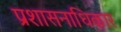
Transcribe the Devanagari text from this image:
प्रशासनाधिकार